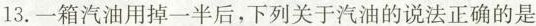
13.一箱汽油用掉一半后，下列关于汽油的说法正确的是()